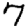
Digit: 7